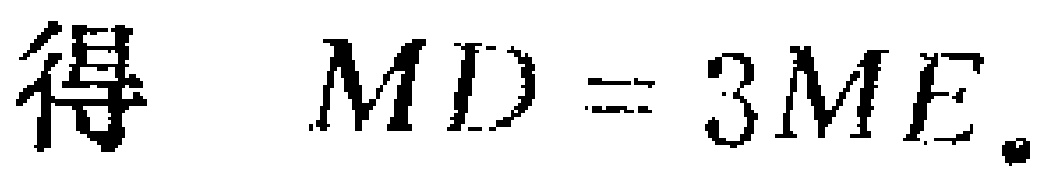
得 \(MD = 3ME.\)